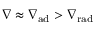
\ensuremath { \nabla } \approx \ensuremath { \nabla _ { \mathrm { { a d } } } } > \ensuremath { \nabla _ { \mathrm { { r a d } } } }